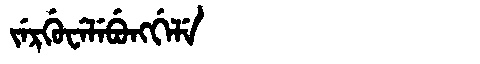
Manchu: ᠵᡝᡵᡤᡠᠸᡝᠯᡝᠪᡠᠩᡤᡝᠯᡝ
Romanization: JERGUWELEBUNGGELE